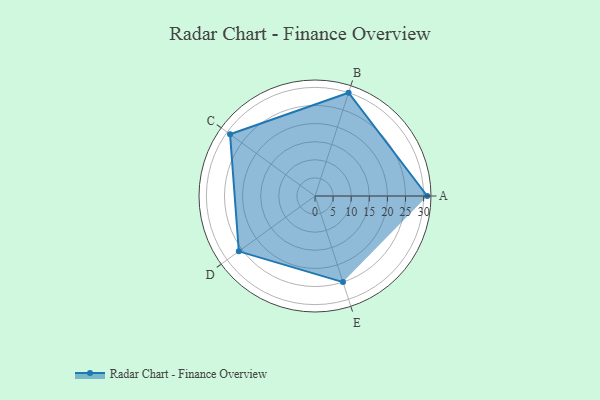
{"axis": {"x": "Skill", "y": "Score"}, "legend": ["Profile"], "data": [{"x": "A", "y": 31.0, "type": "Profile"}, {"x": "B", "y": 30.0, "type": "Profile"}, {"x": "C", "y": 29.0, "type": "Profile"}, {"x": "D", "y": 26.0, "type": "Profile"}, {"x": "E", "y": 25.0, "type": "Profile"}]}